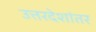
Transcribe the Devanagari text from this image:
उत्तरदेशांतर